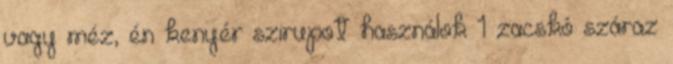
vagy méz, én kenyér szirupot használok 1 zacskó száraz